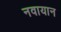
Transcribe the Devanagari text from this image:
नवायान